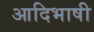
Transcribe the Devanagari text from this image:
आदिभाषी